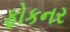
ફોકનર